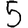
Digit: 5